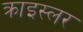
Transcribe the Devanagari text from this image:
क्राइस्लर